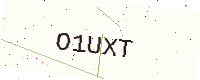
Text: O1UXT